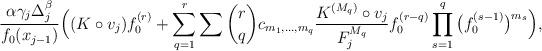
LaTeX: \begin{align*}\frac{\alpha \gamma_j \Delta_j^\beta}{f_0(x_{j-1})} \Big((K\circ v_j) f_0^{(r)}+ \sum_{q=1}^r \sum \binom{r}{q} c_{m_1, \ldots, m_q} \frac{K^{(M_q)}\circ v_j}{F_j^{M_q}} f_0^{(r-q)} \prod_{s=1}^q \big(f_0^{(s-1)}\big)^{m_s} \Big),\end{align*}